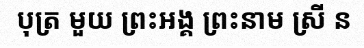
បុត្រ មួយ ព្រះអង្គ ព្រះនាម ស្រី ន